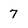
Character: 7